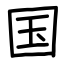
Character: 国